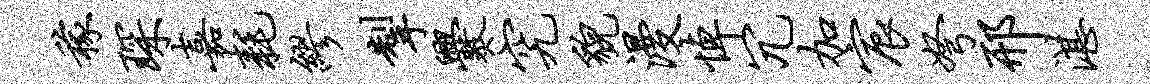
稼琛嘉耗缪掣爨究貌漫悼冗加宸弩邢湛